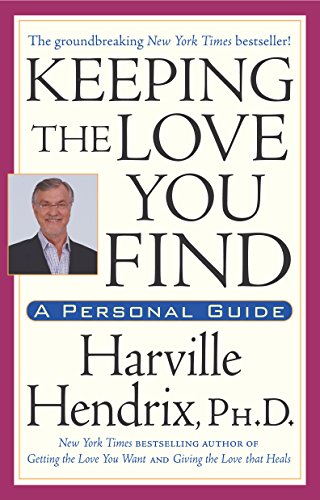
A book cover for Keeping the Love You Find: A Personal Guide; Ph.D. Harville Hendrix; Self-Help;